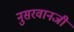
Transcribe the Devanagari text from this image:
नुसरवानजी